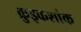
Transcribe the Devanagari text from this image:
क्रुइकशांक